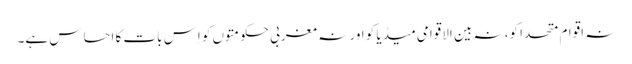
نہ اقوامِ متحدا کو، نہ بین الاقوامی میڈیا کو اور نہ مغربی حکومتوں کو اِس بات کا احساس ہے۔